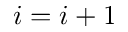
i = i + 1